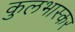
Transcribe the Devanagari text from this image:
कुलभास्कर